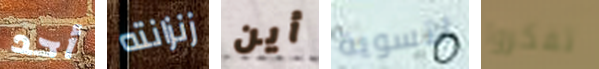
أحد زنزانته أين لتسوية تفكروا